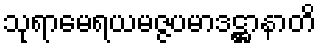
သုရာမေရယမဇ္ဇပမာဒဋ္ဌာနာတိ